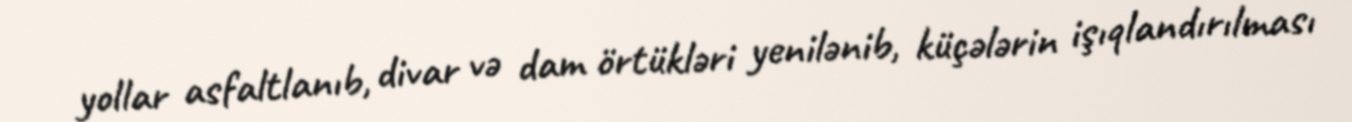
yollar asfaltlanıb, divar və dam örtükləri yenilənib, küçələrin işıqlandırılması